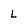
Character: L